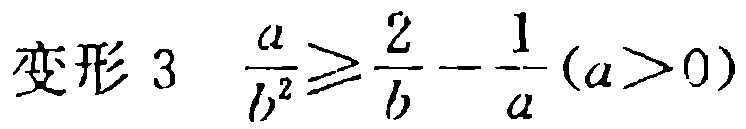
变形 3 $\frac{a}{b^{2}}\geq\frac{2}{b}-\frac{1}{a}(a > 0)$